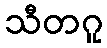
သီတဂူ